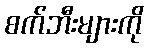
စက်ဘီးများကို